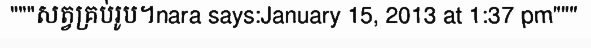
"""សត្វគ្រប់រូប។nara says:January 15, 2013 at 1:37 pm"""